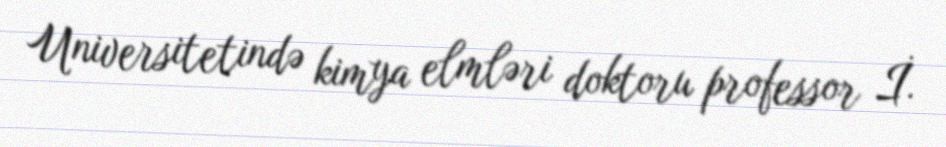
Universitetində kimya elmləri doktoru professor İ.